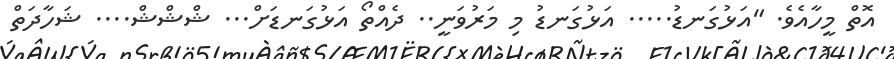
އޮތް މީހާއެވެ. "އަޅުގަނޑު..... އަޅުގަނޑު މި މަރުވަނީ.. ދެއްތޯ އަޅުގަނޑަށް... ޝްޝްޝް.... ޝަހާދަތް